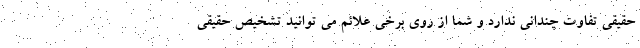
حقیقی تفاوت چندانی ندارد و شما از روی برخی علائم می توانید تشخیص حقیقی